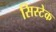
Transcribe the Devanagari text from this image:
सिस्टेक